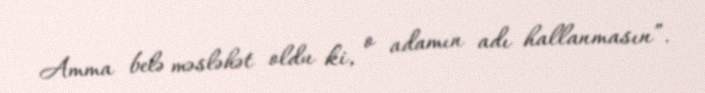
Amma belə məsləhət oldu ki, o adamın adı hallanmasın”.